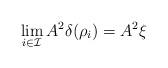
LaTeX: \begin{align*}\lim\limits_{i\in \mathcal{I}}A^2\delta(\rho_i)=A^2\xi\end{align*}